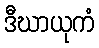
ဒီဃာယုကံ